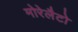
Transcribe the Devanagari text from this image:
मोरेलैटो